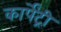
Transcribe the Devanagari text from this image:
कार्पेंट्री